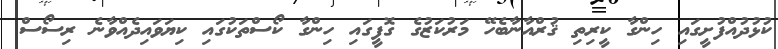
ކުޅުދުއްފުށީގައި ހިންގާ ކީރިތި ޤުރްއާނާބެހޭ މަރުކަޒުގެ ގޮފީގައި ހިންގާ ކޯސްތަކުގައި ކިޔަވައިދެއްވާނެ ރިސޯސް